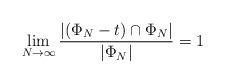
LaTeX: \begin{align*}\lim_{N \to \infty} \dfrac{|(\Phi_N - t) \cap \Phi_N|}{|\Phi_N|} = 1\end{align*}